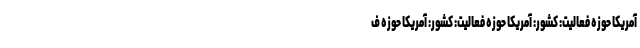
آمریکا حوزه فعالیت: کشور: آمریکا حوزه فعالیت: کشور: آمریکا حوزه ف